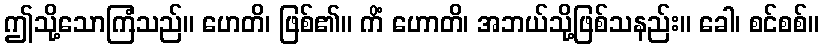
ဤသို့သောကြံသည်။ ဟေတိ၊ ဖြစ်၏။ ကိံ ဟောတိ၊ အဘယ်သို့ဖြစ်သနည်း။ ခေါ၊ စင်စစ်။